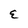
Character: E